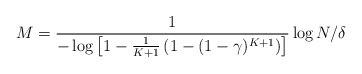
\begin{align*}M =\frac{1}{-\log \left[1-\frac{1}{K+1}\left(1-(1-\gamma)^{K+1}\right)\right]} \log N/\delta\end{align*}